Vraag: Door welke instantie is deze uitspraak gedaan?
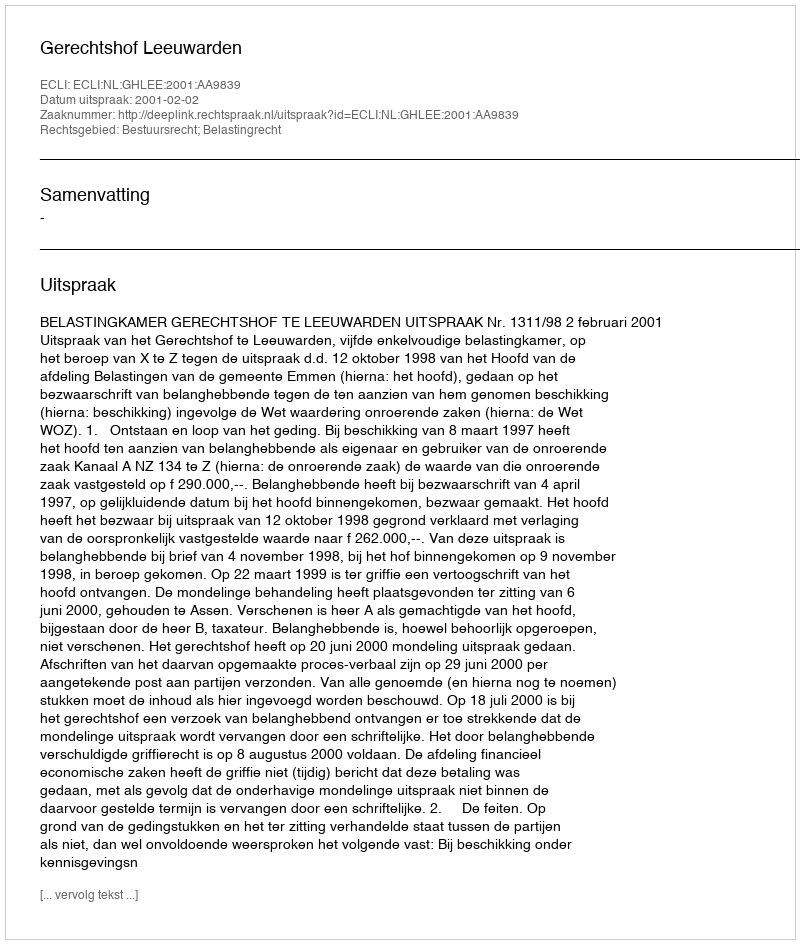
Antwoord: Gerechtshof Leeuwarden